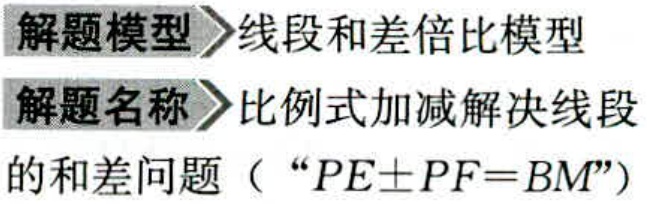
解题模型>线段和差倍比模型

解题名称>比例式加减解决线段

的和差问题（“\(PE\pm PF = BM\)”）